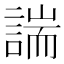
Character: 諯